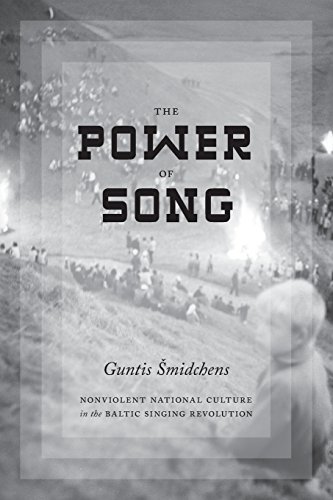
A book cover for The Power of Song: Nonviolent National Culture in the Baltic Singing Revolution (New Directions in Scandinavian Studies); Guntis Smidchens; History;